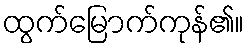
ထွက်မြောက်ကုန်၏။